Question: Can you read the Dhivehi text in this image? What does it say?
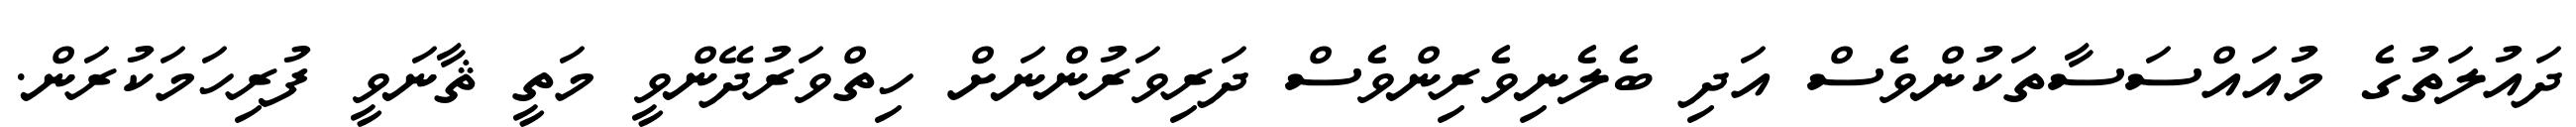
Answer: ދައުލަތުގެ މުއައްސަސާތަކުންވެސް އަދި ބެލެނިވެރިންވެސް ދަރިވަރުންނަށް ހިތްވަރުދޭންވީ މަތީ ޘާނަވީ ފުރިހަމަކުރަން.